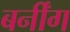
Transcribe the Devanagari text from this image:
बर्नींग